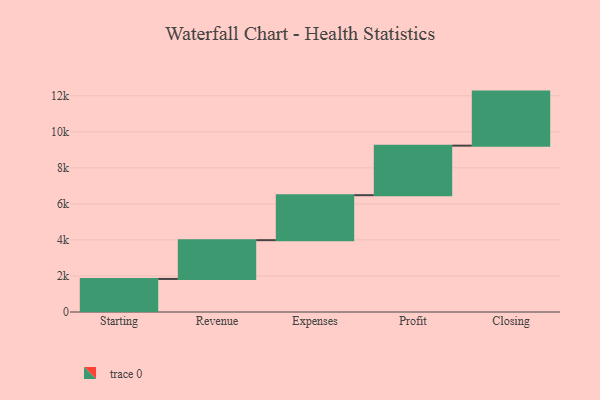
{"axis": {"x": "Step", "y": "Value"}, "legend": [""], "data": [{"x": "Starting", "y": 1835.0, "type": ""}, {"x": "Revenue", "y": 2152.0, "type": ""}, {"x": "Expenses", "y": 2497.0, "type": ""}, {"x": "Profit", "y": 2750.0, "type": ""}, {"x": "Closing", "y": 3000, "type": ""}]}